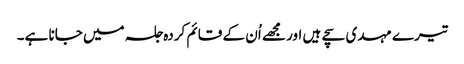
تیرے مہدی سچے ہیں اور مجھے اُن کے قائم کردہ جلسہ میں جانا ہے۔